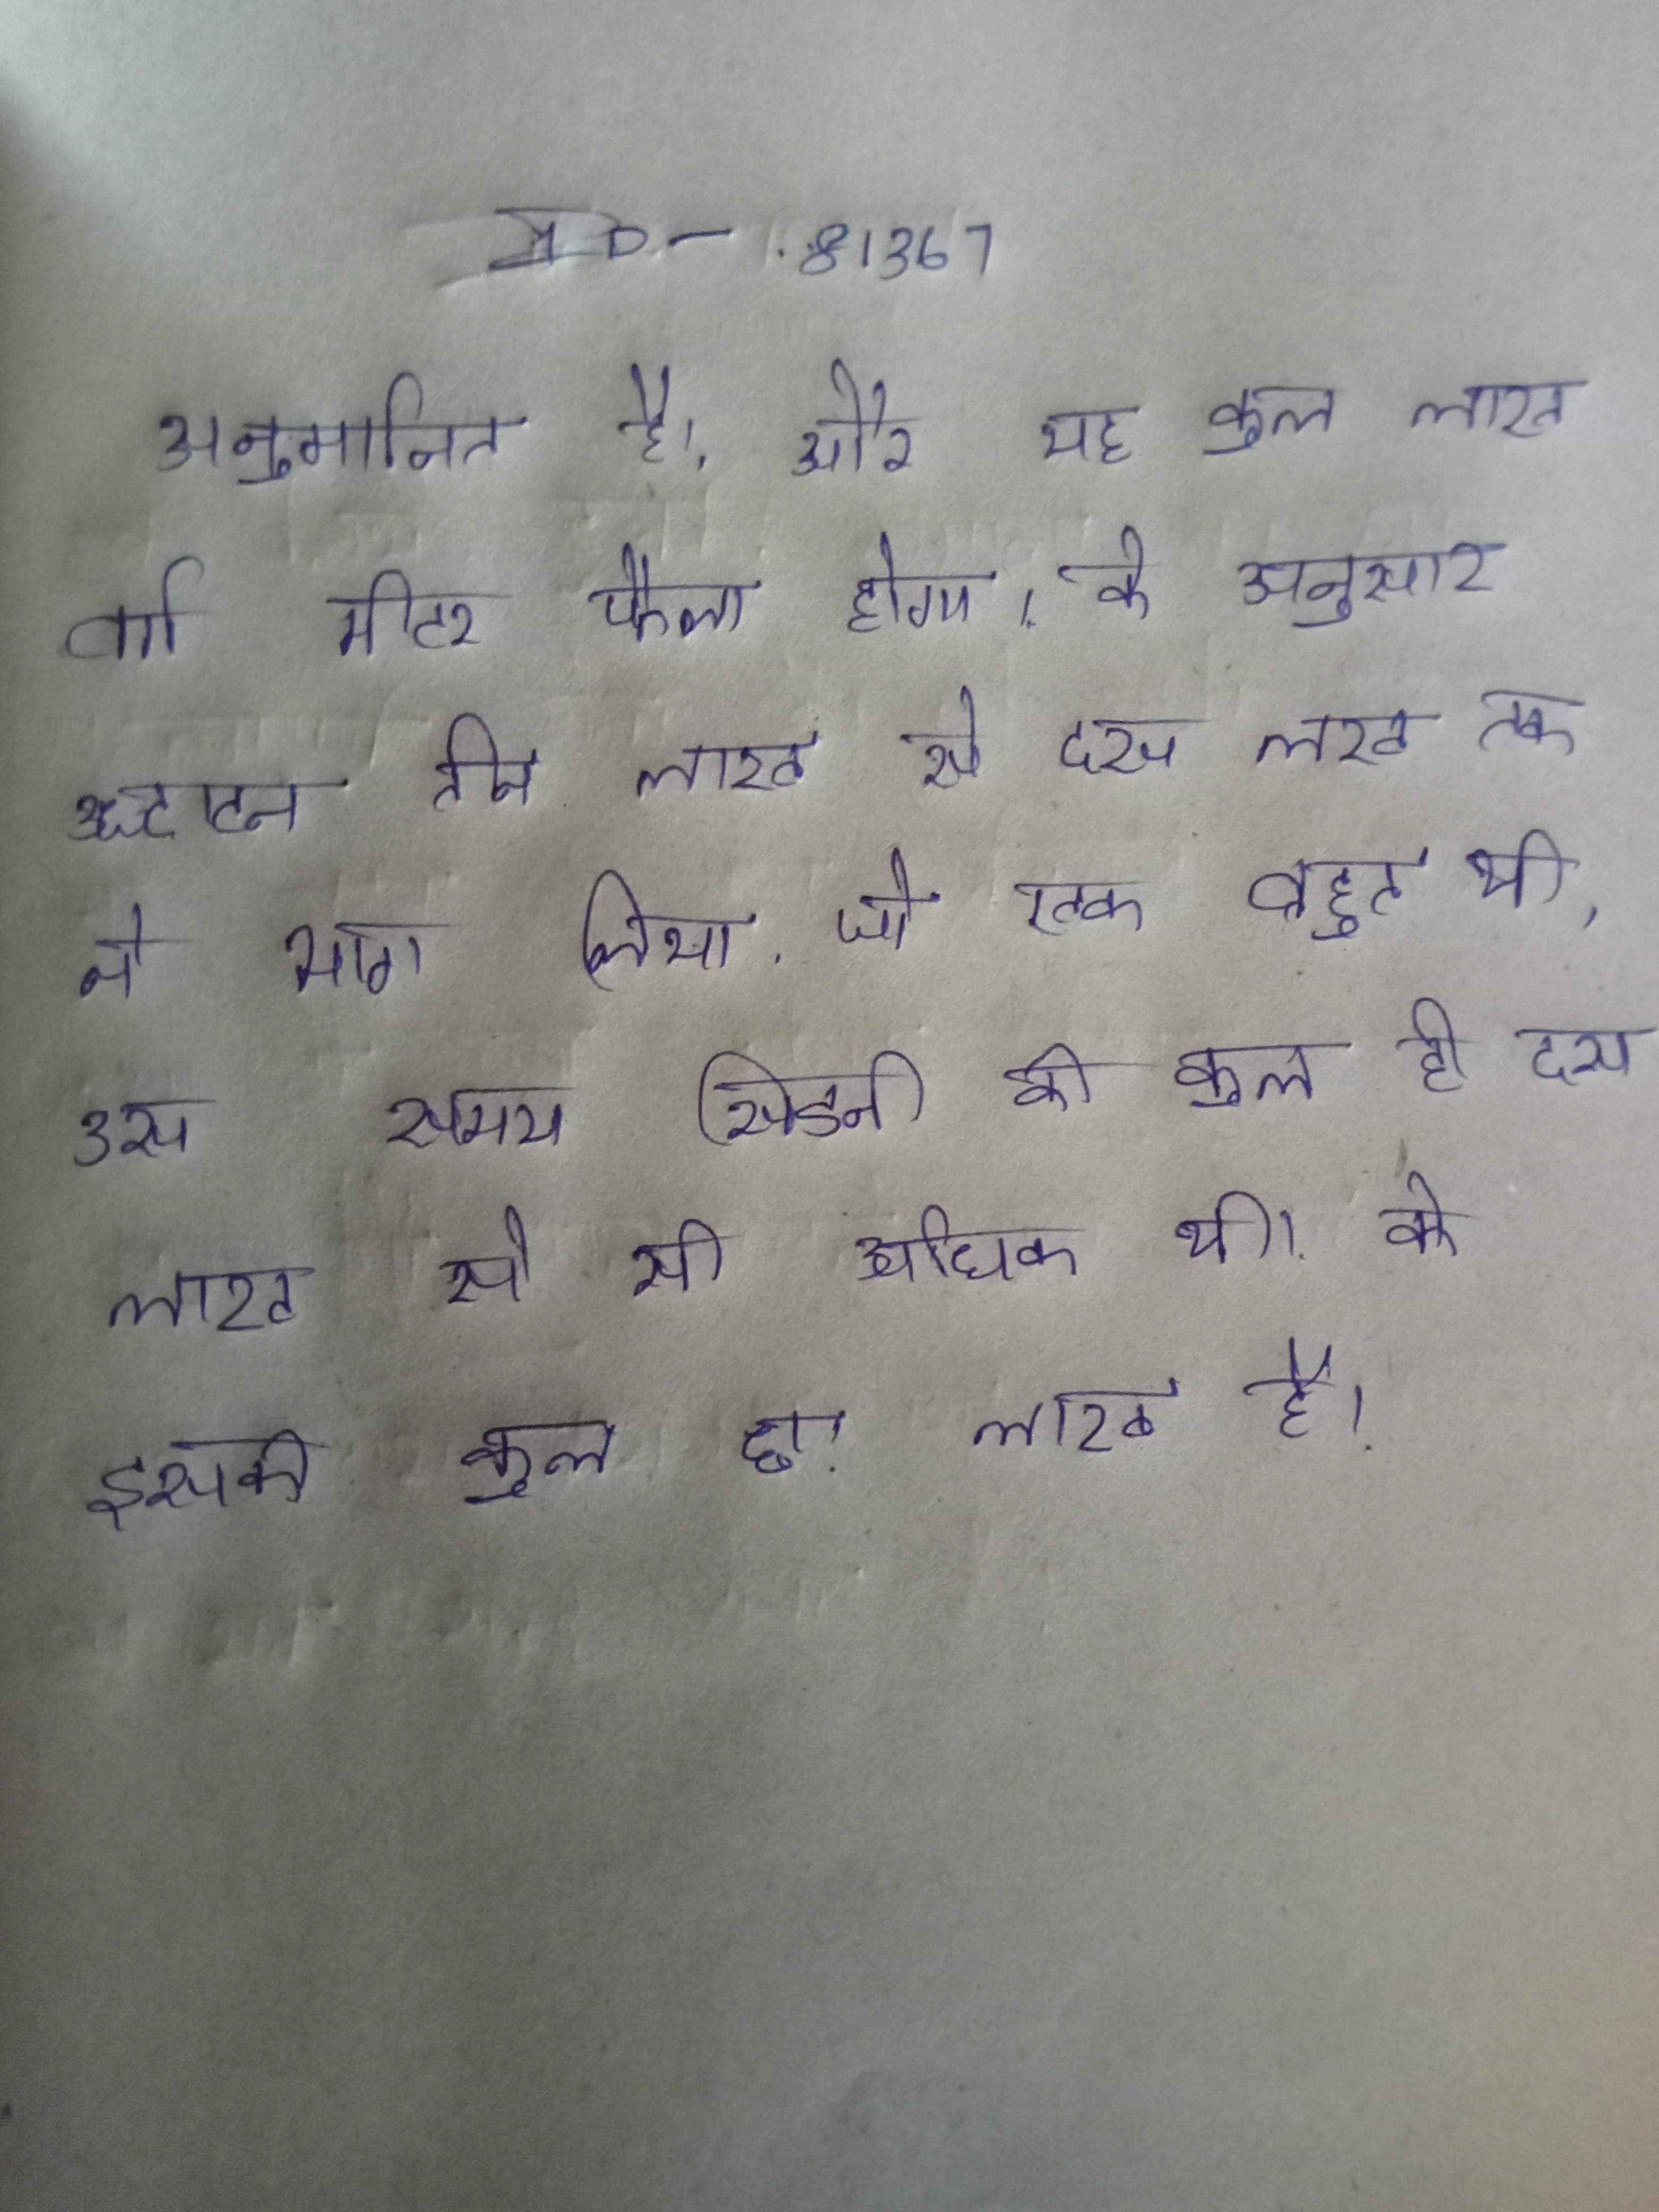
अनुमानित है, और यह कुल लाख वर्ग मीटर फैला होगा । के अनुसार उद्घाटन तीन लाख से दस लाख तक ने भाग लिया, जो एक बहुत थी, उस समय सिडनी की कुल ही दस लाख से सी अधिक थी । के इसकी कुल छ: लाख है ।